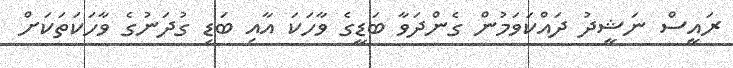
ރައީސް ނަޝީދު ދައްކަވަމުން ގެންދަވާ ބަޑީގެ ވާހަކަ އާއި ބަޑި ގުދަނުގެ ވާހަކަތަކަށް